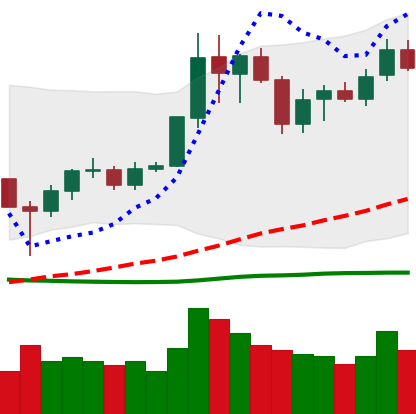
Ticker: LINK-USD
Chart end date: 2020-07-03
Forward return: 36.499%
Label: up_7plus